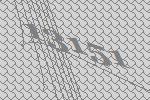
13151